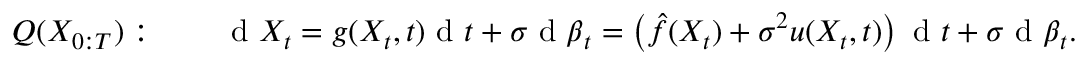
Q ( X _ { 0 : T } ) : \qquad \mathrm { ~ d ~ } X _ { t } = g ( X _ { t } , t ) \mathrm { ~ d ~ } t + \sigma \mathrm { ~ d ~ } \boldsymbol { \beta } _ { t } = \left( \hat { f } ( X _ { t } ) + \sigma ^ { 2 } u ( X _ { t } , t ) \right) \mathrm { ~ d ~ } t + \sigma \mathrm { ~ d ~ } \boldsymbol { \beta } _ { t } .